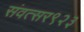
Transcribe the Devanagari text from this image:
संवत्सर९२३